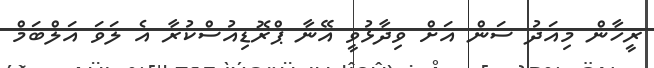
ރީހާން މިއަދު ސަން އަށް ވިދާޅުވީ އޭނާ ޕްރޮޑިއުސްކުރާ އެ ލަވަ އަލްބަމް